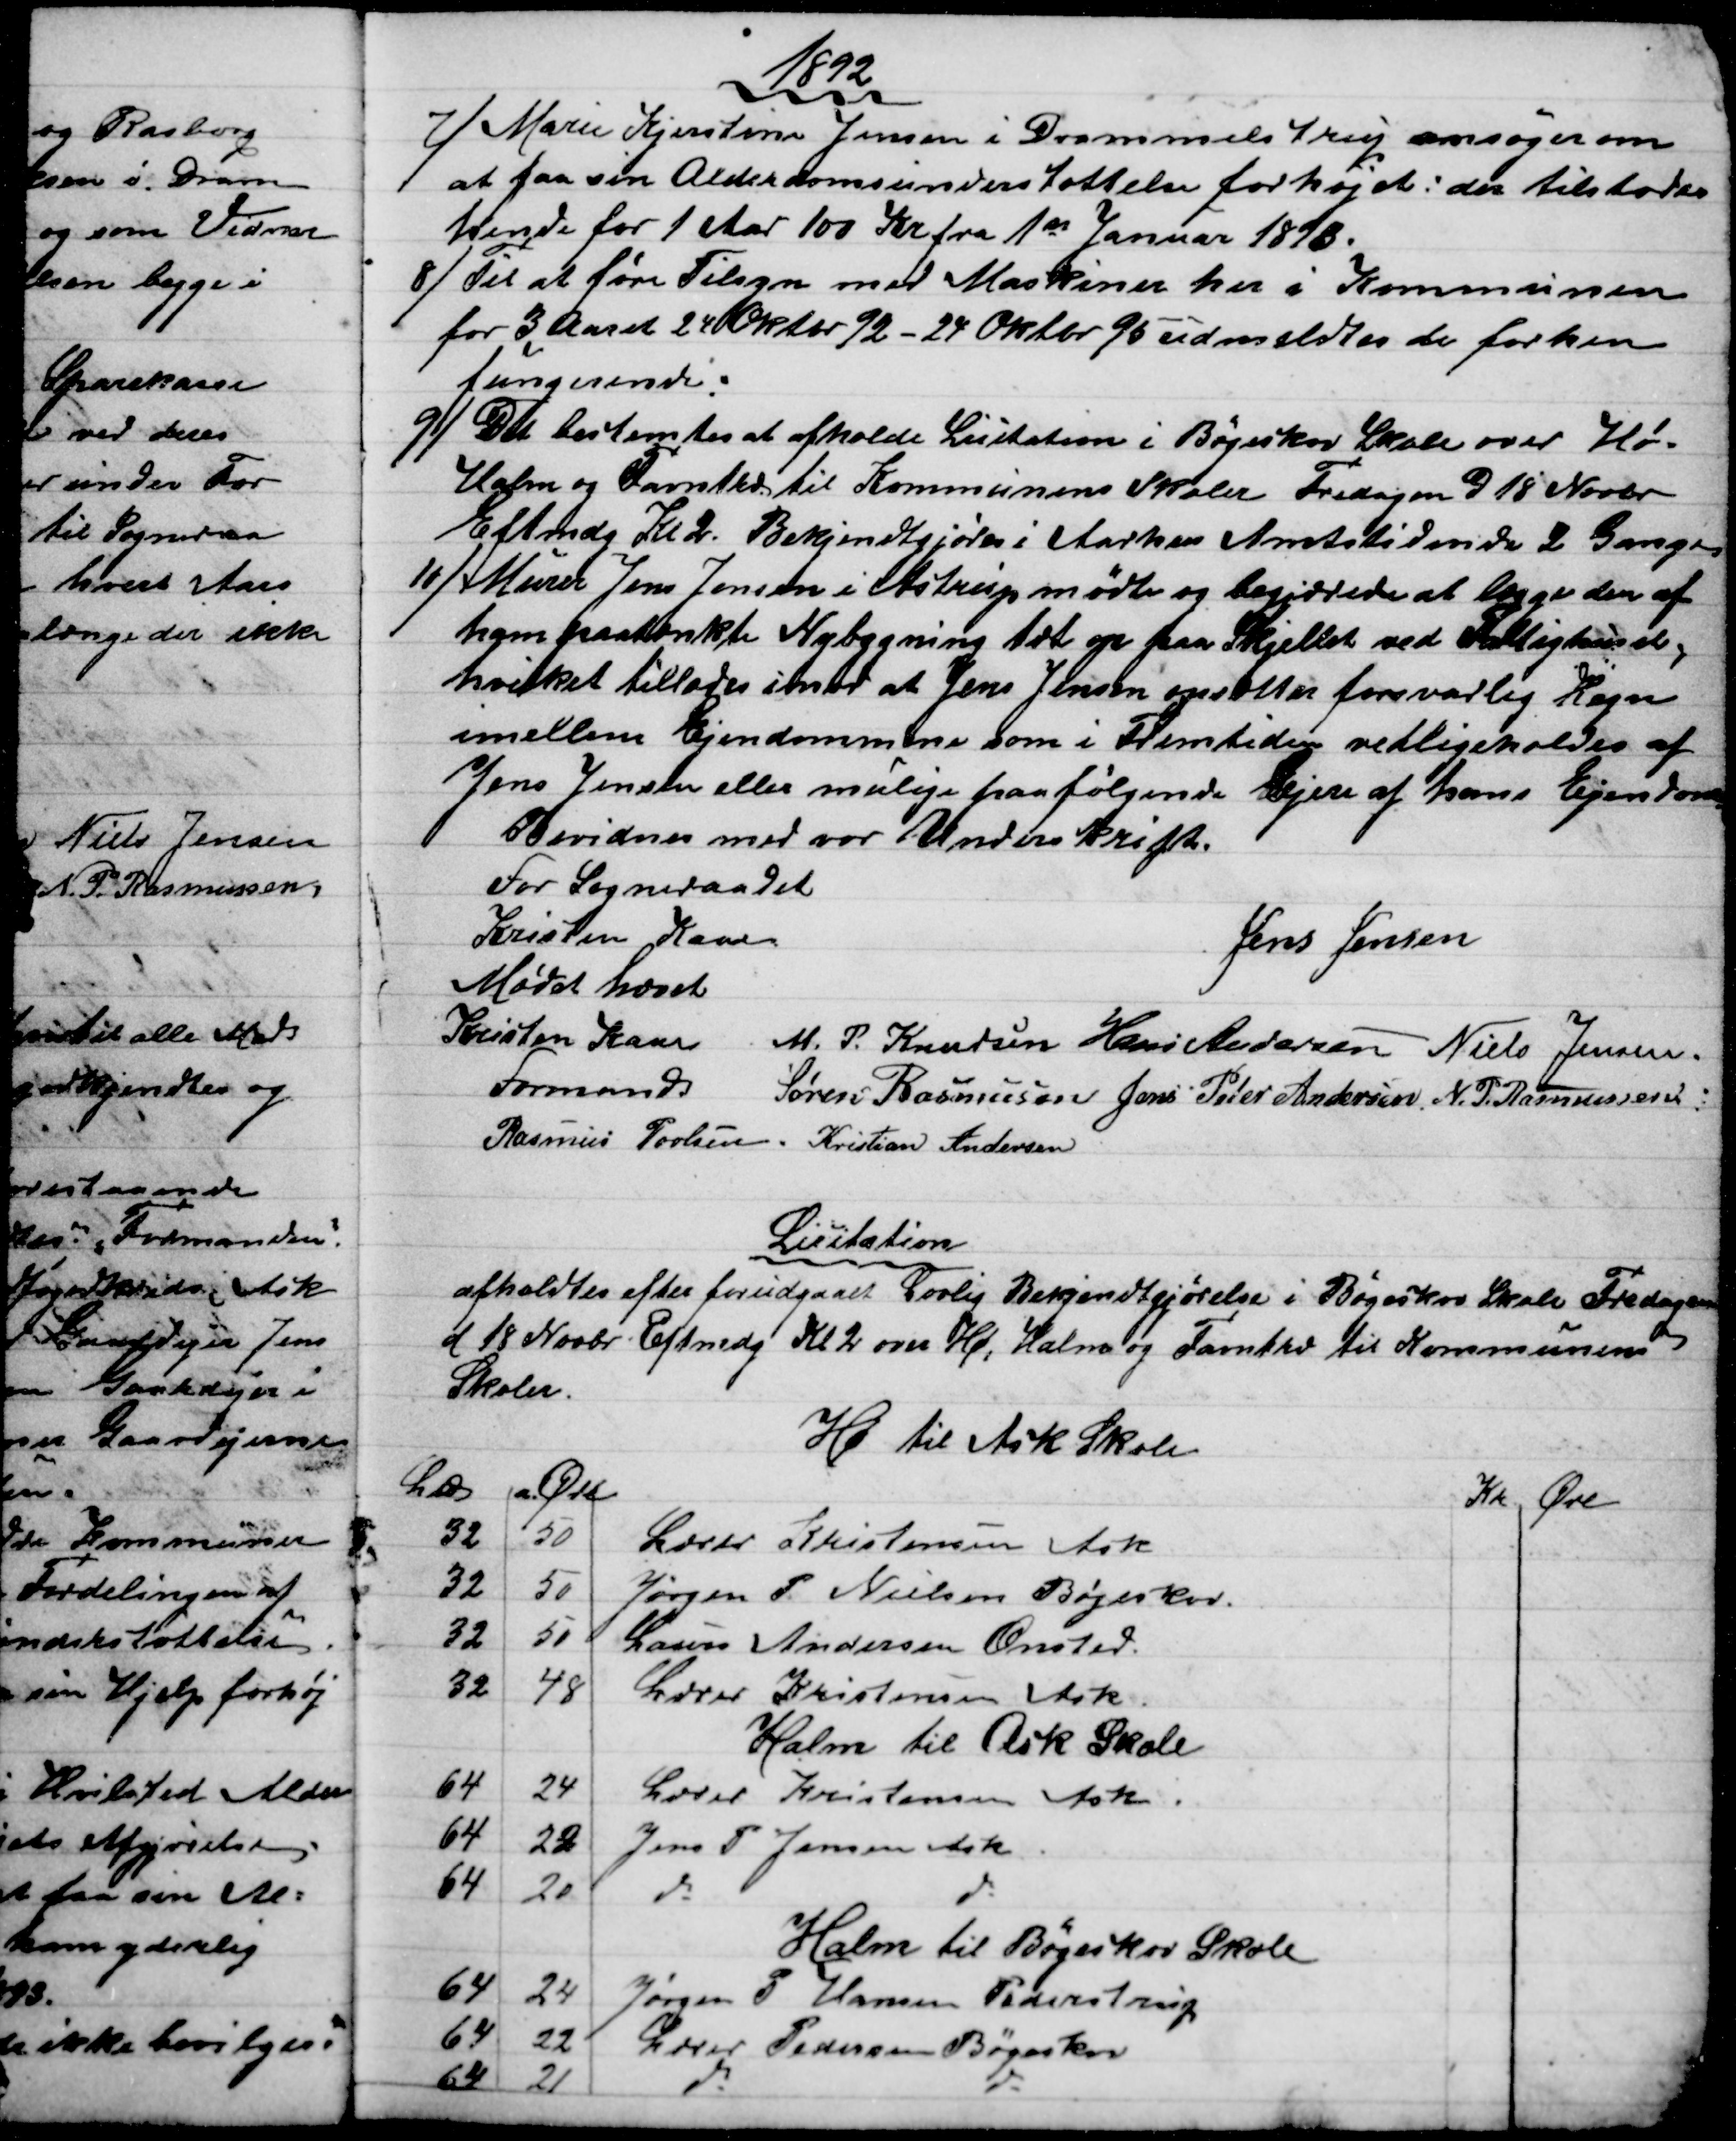
Transskription:
1892
7) 
Marie Kjerstine Jensen i Drammelstrup ansøger om
at faa sin Alderdomsunderstøttelse forhøjet: der tilstodes
hende for 1 Aar 100 Kr fra 1st Januar 1893.
8) 
Til at føre Tilsyn med Maskiner her i Kommunen
for 3 Aaret 24 Oktbr 92 - 24 Oktbr 95 udmeldtes de forhen
fungerende.
9) 
Det bestemtes at afholde Licitation i Bøgeskov Skole over Hø -
Halm og Favntræ til Kommunens Skoler Fredagen d 18 Novbr
Eftmdg Kl. 2. Bekjendtgjøres i Aarhus Amtstidende 2 Gange
10) Murer Jens Jensen i Astrup mødte og begjærede at lægge den af
ham paatænkte Nybygning tæt op paa Skjellet ved Fattighuset,
hvilket tillodes imod at Jens Jensen opsætter forsvarlig Hegn
imellem Ejendommene som i Fremtiden vedligeholdes af
Jens Jensen eller mulige paafølgende lejere af hans Ejendom
Bevidnes med vor Underskrift.
For Sogneraadet
Kristen Kaae
Jens Jensen
Mødet hævet
Kristen Kaae
Formand.
M. P. Knudsen Hans Andersen Niels Jensen.
Søren Rasmussen Jens Peter Andersen. N. P. Rasmussen.
Rasmus Povlsen.
Kristian Andersen
Licitation
afholdtes efter forudgaaet Lovlig Bekjendtgjørelse i Bøgeskov Skole Fredagen
d 18 Novbr. Eftmdg Kl 2 over Hø, Halm og Favntræ til Kommunens
Skoler.
Hø til Ask Skole
L℔
a Øre
Kr.
Øre
32
50
Lærer Kristensen Ask
32
50
Jørgen P. Nielsen Bøgeskov.
32
50
Lauers Andersen Onsted.
32
48
Lærer Kristensen Ask
Halm til Ask Skole
64
24
Lærer Kristensen Ask
64
22
Jens P. Jensen Ask
64
20
do
do
Halm til Bøgeskov Skole
64
24
Jørgen P Hansen Pederstrup
64
22
Lærer Pedersen Bøgeskov
64
21
do 
do